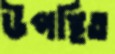
উপস্থিত